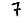
Digit: 7